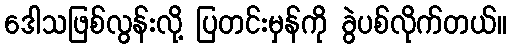
ဒေါသဖြစ်လွန်းလို့ ပြတင်းမှန်ကို ခွဲပစ်လိုက်တယ်။